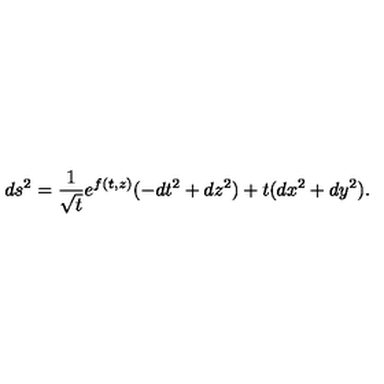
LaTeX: d s ^ { 2 } = \frac { 1 } { \sqrt { t } } e ^ { f ( t , z ) } ( - d t ^ { 2 } + d z ^ { 2 } ) + t ( d x ^ { 2 } + d y ^ { 2 } ) .